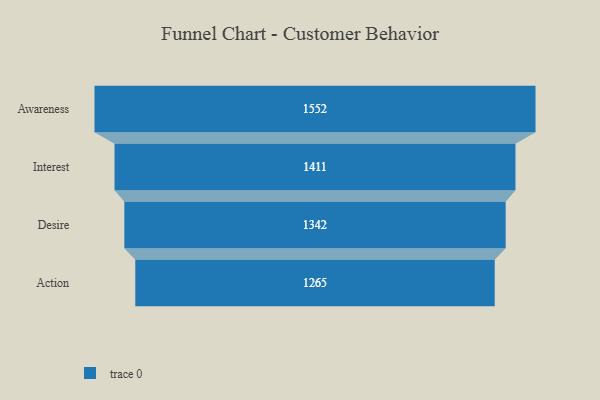
{"axis": {"x": "Stage", "y": "Value"}, "legend": [""], "data": [{"x": "Awareness", "y": 1552.0, "type": ""}, {"x": "Interest", "y": 1411.0, "type": ""}, {"x": "Desire", "y": 1342.0, "type": ""}, {"x": "Action", "y": 1265.0, "type": ""}]}